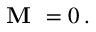
{ \textbf { M } } = 0 \, .